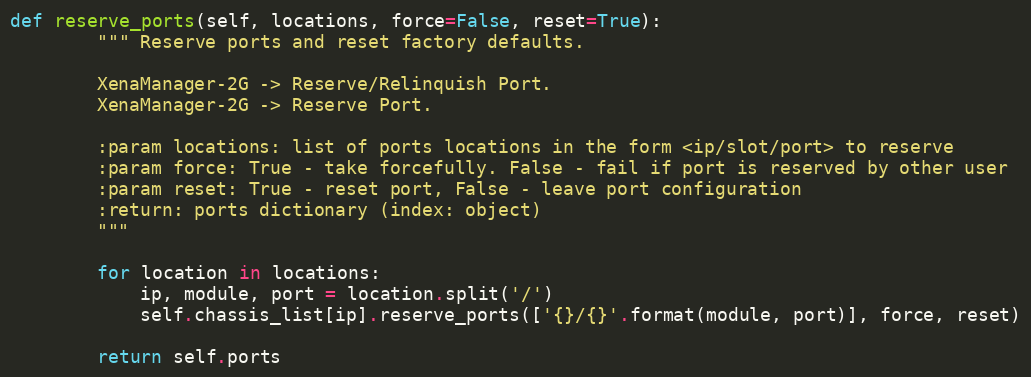
Language: Python
def reserve_ports(self, locations, force=False, reset=True):
        """ Reserve ports and reset factory defaults.

        XenaManager-2G -> Reserve/Relinquish Port.
        XenaManager-2G -> Reserve Port.

        :param locations: list of ports locations in the form <ip/slot/port> to reserve
        :param force: True - take forcefully. False - fail if port is reserved by other user
        :param reset: True - reset port, False - leave port configuration
        :return: ports dictionary (index: object)
        """

        for location in locations:
            ip, module, port = location.split('/')
            self.chassis_list[ip].reserve_ports(['{}/{}'.format(module, port)], force, reset)

        return self.ports